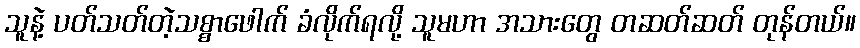
သူနဲ့ ပတ်သတ်တဲ့သစ္စာဖေါက် ခံလိုက်ရလို့ သူမဟာ အသားတွေ တဆတ်ဆတ် တုန်တယ်။